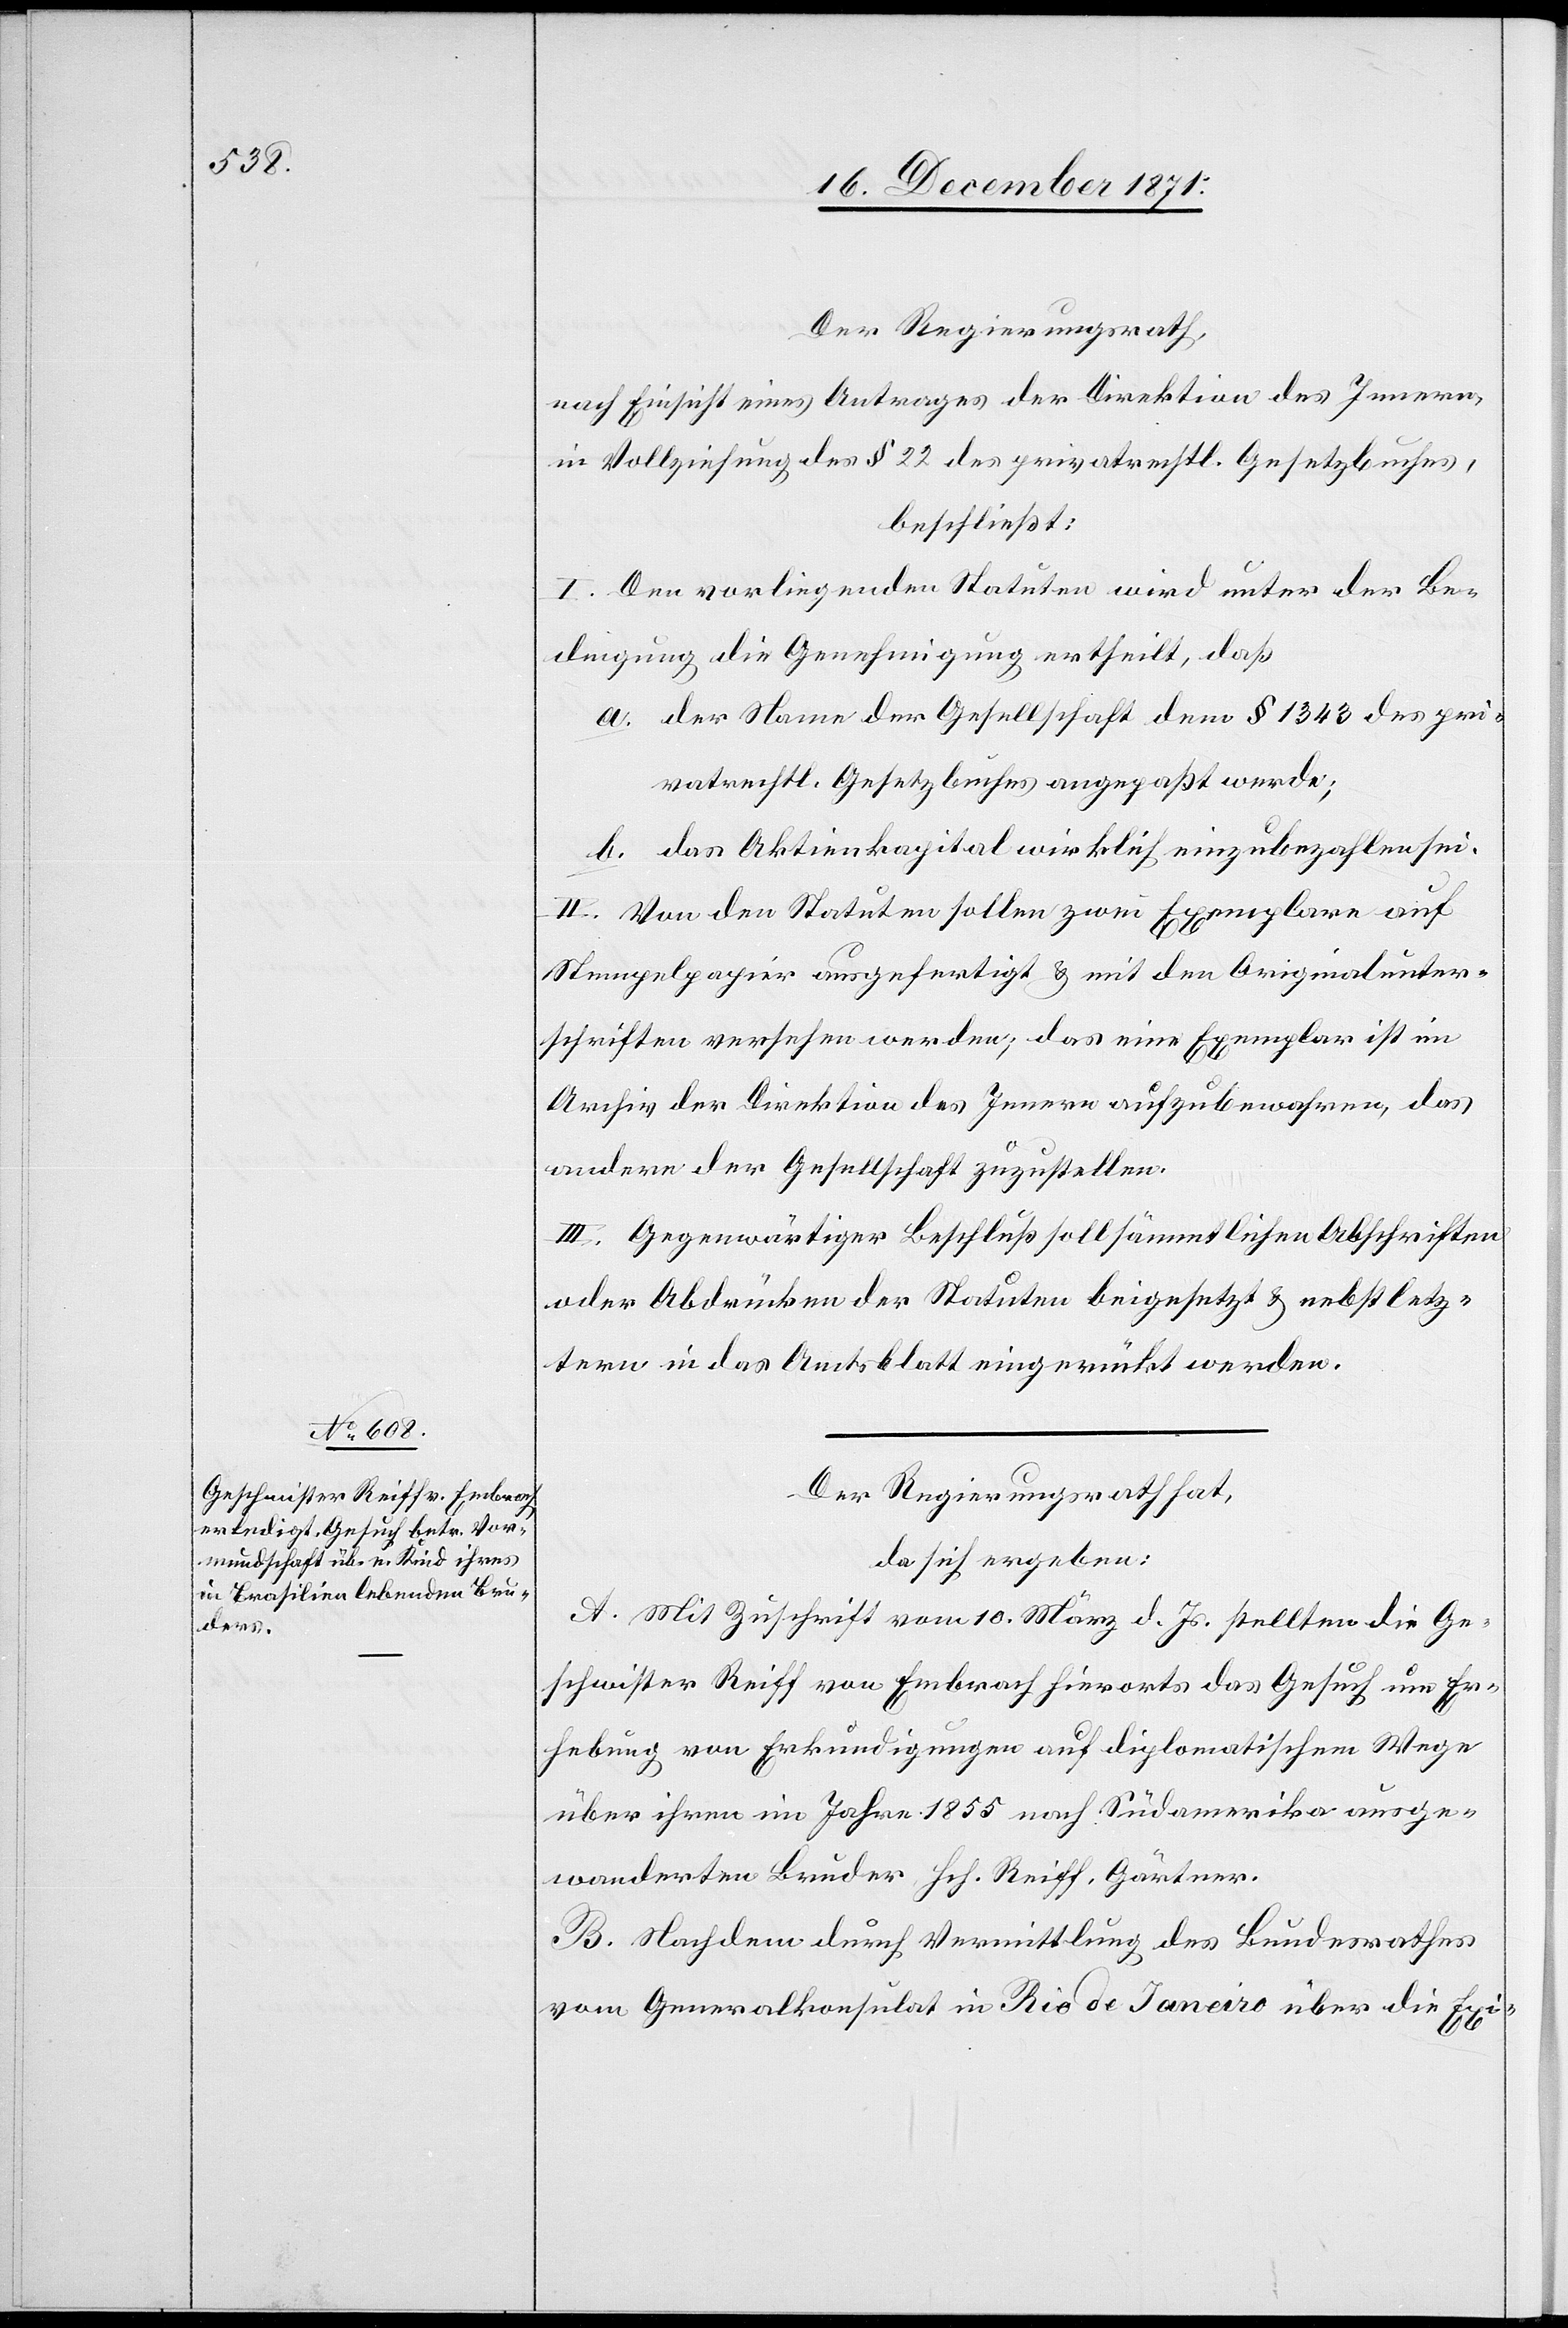
Der Regierungsrath,
nach Einsicht eines Antrages der Direktion des Innern,
in Vollziehung des § 22 des privatrechtl. Gesetzbuches,
beschließt:
I. Den vorliegenden Statuten wird unter der Be¬
dingung die Genehmigung ertheilt, daß
a. der Name der Gesellschaft dem § 1343 des pri¬
vatrechtl. Gesetzbuches angepasst werde;
b. das Aktienkapital wirklich einzubezahlen sei.
II. Von den Statuten sollen zwei Exemplare auf
Stempelpapier ausgefertigt & mit den Originalunter¬
schriften versehen werden; das eine Exemplar ist im
Archiv der Direktion des Innern aufzubewahren, das
andere der Gesellschaft zuzustellen.
III. Gegenwärtiger Beschluß soll sämmtlichen Abschriften
oder Abdrücken der Statuten beigesetzt & nebst letz¬
tern in das Amtsblatt eingerückt werden.
Der Regierungsrath hat,
da sich ergeben:
A. Mit Zuschrift vom 10. März d. Js. stellten die Ge¬
schwister Reiff von Embrach hierorts das Gesuch um Er¬
hebung von Erkundigungen auf diplomatischem Wege
über ihren im Jahre 1855 nach Südamerika ausge¬
wanderten Bruder Hch. Reiff, Gärtner.
B. Nachdem durch Vermittlung des Bundesrathes
vom Generalkonsulat in Rio de Janeiro über die Exi-